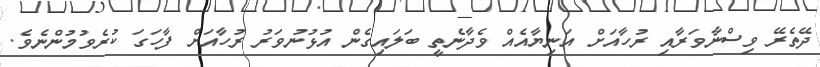
ދޭތެރޭ ވިސްނާވަރާއި ރުހާއަށް އަނިޔާއެއް ވެދާނެތީ ބަލައިގެން އުޅުނުވަރު ރުހާއަށް ފާހަގަ ކުރެވުމުންނެވެ.